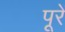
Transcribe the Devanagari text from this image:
पूरें